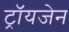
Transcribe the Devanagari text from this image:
ट्रॉयजेन